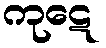
ကုဋေ